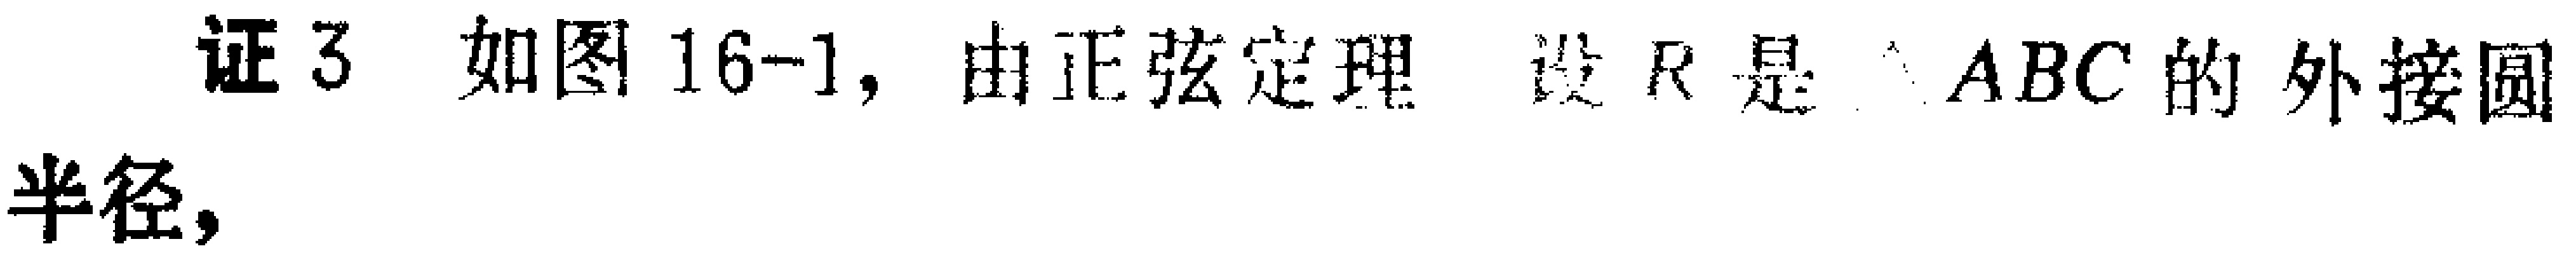
证3 如图16-1, 由正弦定理 设 \(R\) 是 \(\triangle ABC\) 的外接圆半径,